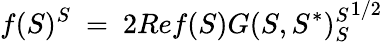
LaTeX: f(S)^{S}\ =\ 2Ref(S){G(S,S^{*})_{S}^{S}}^{1/2}